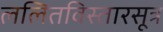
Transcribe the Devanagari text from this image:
ललितविस्तारसूत्र